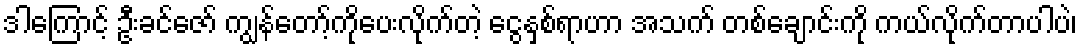
ဒါကြောင့် ဦးခင်ဇော် ကျွန်တော့်ကိုပေးလိုက်တဲ့ ငွေနှစ်ရာဟာ အသက် တစ်ချောင်းကို ကယ်လိုက်တာပါပဲ၊